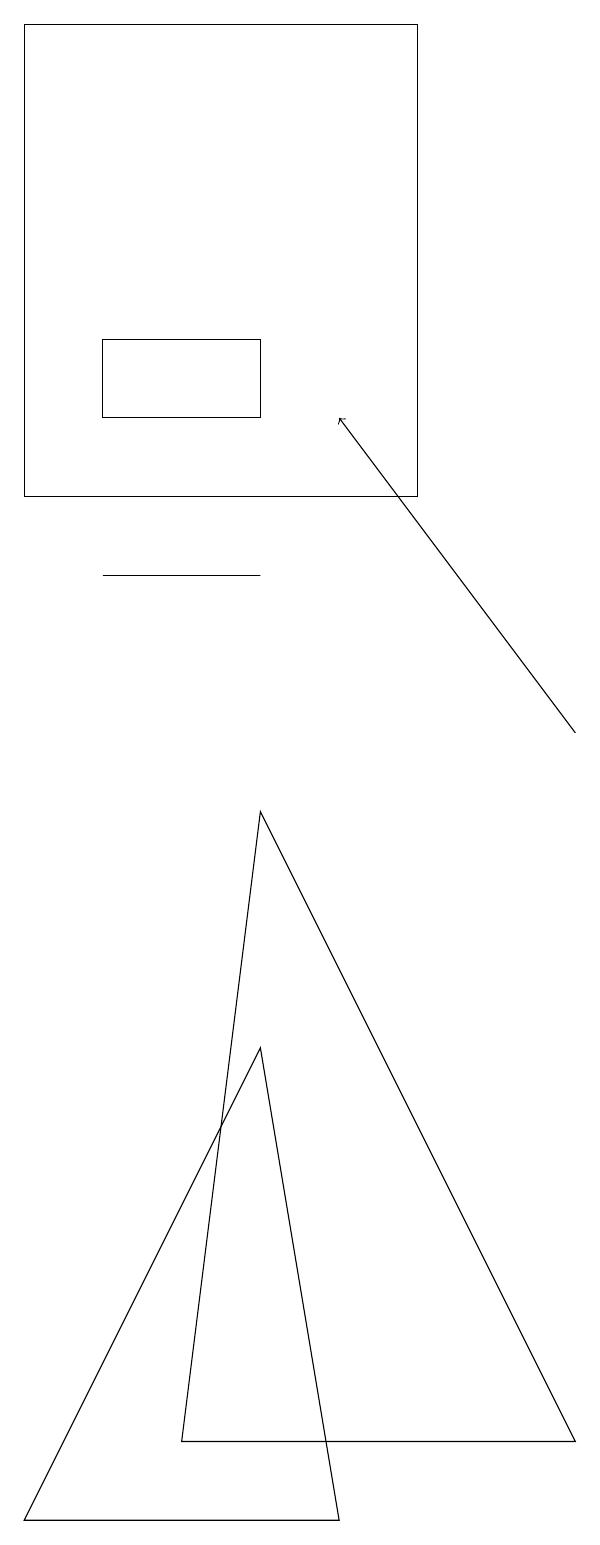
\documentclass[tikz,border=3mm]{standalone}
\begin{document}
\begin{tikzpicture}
\draw[->] (7,10) -- (4,14);
\draw (3,15) rectangle (1,14);
\draw (1,12) rectangle (3,12);
\draw (7,1) -- (3,9) -- (2,1) -- cycle;
\draw (0,13) rectangle (5,19);
\draw (4,0) -- (0,0) -- (3,6) -- cycle;
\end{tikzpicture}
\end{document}